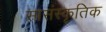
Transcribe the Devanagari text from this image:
सासंस्कृतिक